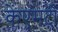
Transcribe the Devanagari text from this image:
केएमटी